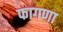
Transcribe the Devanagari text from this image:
फागणा